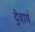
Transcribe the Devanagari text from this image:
दे॒वाय॑